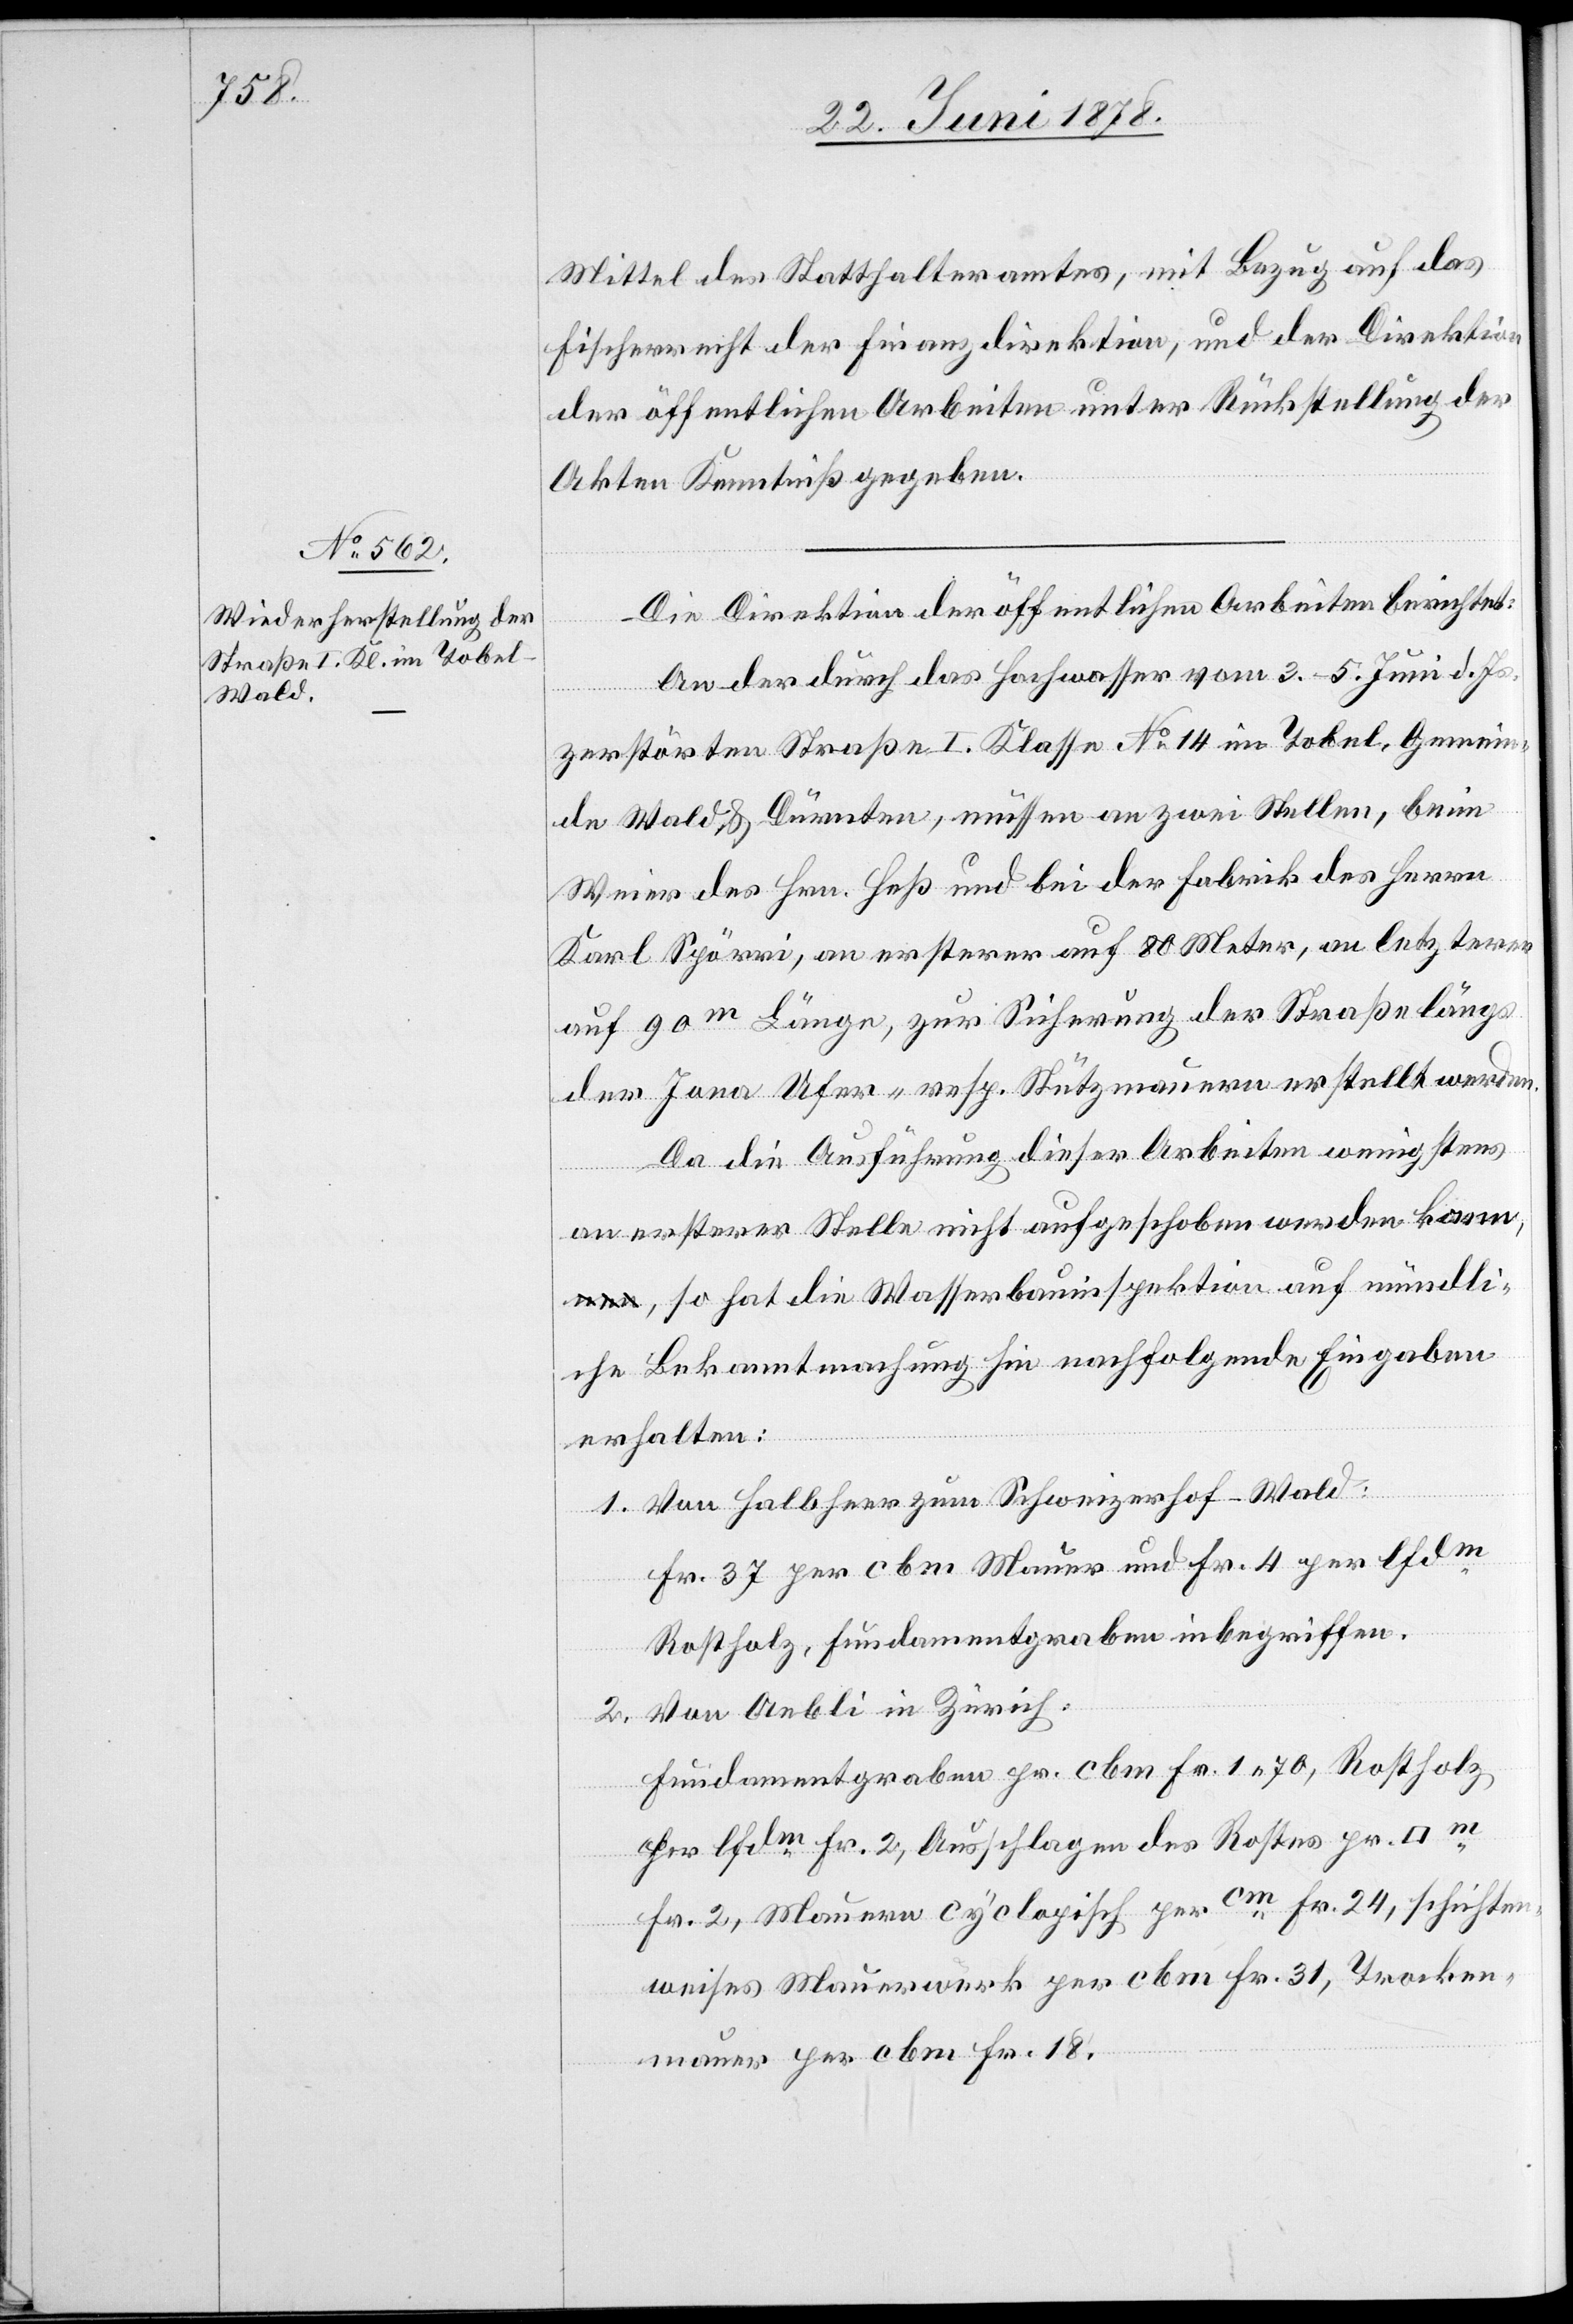
Mittel des Statthalteramtes, mit Bezug auf das
Fischerrecht der Finanzdirektion, und der Direktion
der öffentlichen Arbeiten unter Rückstellung der
Akten Kenntniß gegeben.
Die Direktion der öffentlichen Arbeiten berichtet:
An der durch das Hochwasser vom 3.–5. Juni d. Js.
zerstörten Straße I. Klasse No 14 im Tobel, Gemein¬
de Wald & Dürnten, müssen an zwei Stellen, beim
Weier des Hrn. Heß und bei der Fabrik des Herrn
Karl Spörri, an ersterer auf 80 Meter, an letzterer
auf 90m Länge, zur Sicherung der Straße längs
der Jona Ufer- resp. Stützmauern erstellt werden.
Da die Ausführung dieser Arbeiten wenigstens
an ersterer Stelle nicht aufgeschoben werden kan¬
n, so hat die Wasserbauinspektion auf mündli¬
che Bekanntmachung hin nachfolgende Eingaben
erhalten:
Von Halbheer zum Schweizerhof - Wald:
Fr. 37 per cbm Mauer und Fr. 4 per lfdm
Rostholz, Fundamentgraben inbegriffen.
Von Aebli in Zürich:
Fundamentgraben pr. cbm Fr. 1. 70, Rostholz
per lfdm Fr. 2, Ausschlagen des Rostes pr.
Fr. 2, Mauern cyclopisch per cm Fr. 24, schichten¬
weises Mauerwerk per cbm Fr. 31, Trocken¬
mauer per cbm Fr. 18.